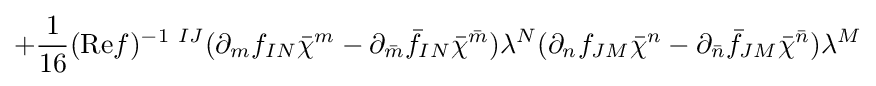
+{\frac {1}{16}}({\text{Re}}f)^{-1\ IJ}(\partial _{m}f_{IN}{\bar {\chi }}^{m}-\partial _{\bar {m}}{\bar {f}}_{IN}{\bar {\chi }}^{\bar {m}})\lambda ^{N}(\partial _{n}f_{JM}{\bar {\chi }}^{n}-\partial _{\bar {n}}{\bar {f}}_{JM}{\bar {\chi }}^{\bar {n}})\lambda ^{M}